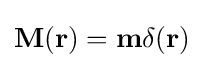
\mathbf {M} (\mathbf {r} )=\mathbf {m} \delta (\mathbf {r} )